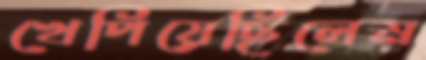
খেপিয়েছিলেম